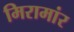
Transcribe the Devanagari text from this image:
मिरामांर